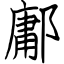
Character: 鄘